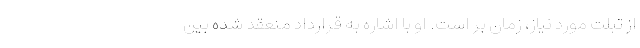
از تبلت مورد نیاز، زمان بر است. او با اشاره به قرارداد منعقد شده بین